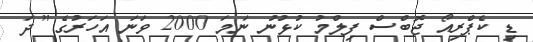
ޑި ކެޕްރިއޯ ޖޮބްސް ފިލްމު ކުޅުނު ނަމަ 2000 ވަނަ އަހަރުގެ "ދަ